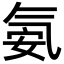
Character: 氨